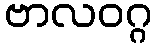
ဗာလဝဂ္ဂ